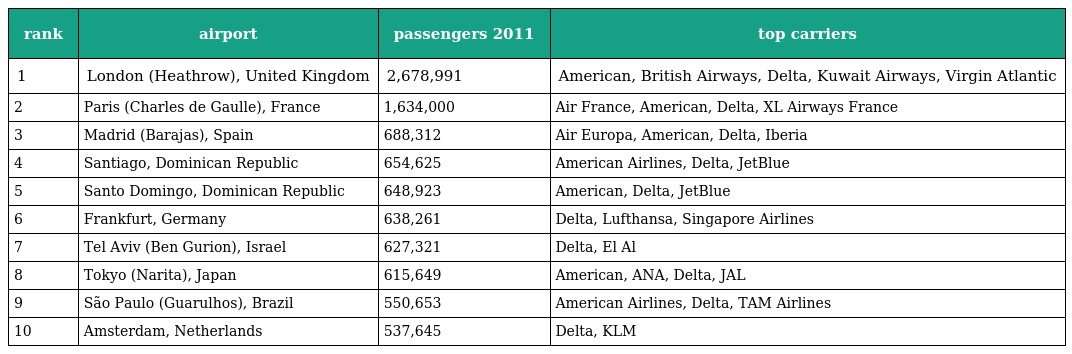
| rank | airport | passengers 2011 | top carriers |
 | --- | --- | --- | --- |
 | 1 | London (Heathrow), United Kingdom | 2,678,991 | American, British Airways, Delta, Kuwait Airways, Virgin Atlantic |
 | 2 | Paris (Charles de Gaulle), France | 1,634,000 | Air France, American, Delta, XL Airways France |
 | 3 | Madrid (Barajas), Spain | 688,312 | Air Europa, American, Delta, Iberia |
 | 4 | Santiago, Dominican Republic | 654,625 | American Airlines, Delta, JetBlue |
 | 5 | Santo Domingo, Dominican Republic | 648,923 | American, Delta, JetBlue |
 | 6 | Frankfurt, Germany | 638,261 | Delta, Lufthansa, Singapore Airlines |
 | 7 | Tel Aviv (Ben Gurion), Israel | 627,321 | Delta, El Al |
 | 8 | Tokyo (Narita), Japan | 615,649 | American, ANA, Delta, JAL |
 | 9 | São Paulo (Guarulhos), Brazil | 550,653 | American Airlines, Delta, TAM Airlines |
 | 10 | Amsterdam, Netherlands | 537,645 | Delta, KLM |